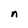
Character: n